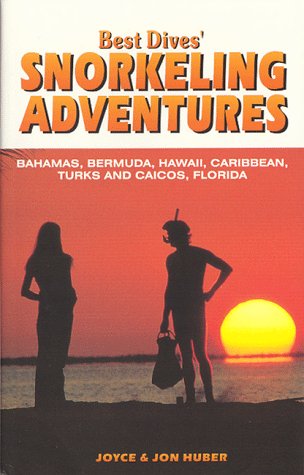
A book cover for Best Dives' Snorkeling Adventures : A Guide to the Bahamas, Bermuda, Caribbean, Hawaii & Florida Keys; Joyce Huber; Travel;